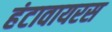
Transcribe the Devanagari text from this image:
हंटावायरस